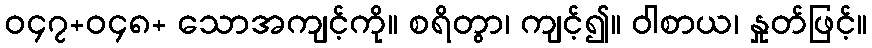
ဝ၄၇+ဝ၄၈+ သောအကျင့်ကို။ စရိတွာ၊ ကျင့်၍။ ဝါစာယ၊ နှုတ်ဖြင့်။